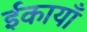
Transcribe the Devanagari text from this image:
ईकायाँ